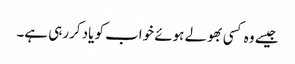
جیسے وہ کسی بھولے ہوئے خواب کو یاد کررہی ہے۔